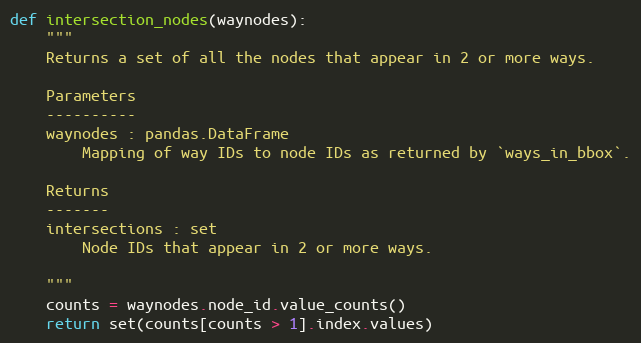
Language: Python
def intersection_nodes(waynodes):
    """
    Returns a set of all the nodes that appear in 2 or more ways.

    Parameters
    ----------
    waynodes : pandas.DataFrame
        Mapping of way IDs to node IDs as returned by `ways_in_bbox`.

    Returns
    -------
    intersections : set
        Node IDs that appear in 2 or more ways.

    """
    counts = waynodes.node_id.value_counts()
    return set(counts[counts > 1].index.values)